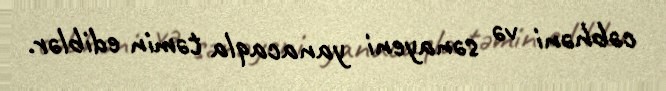
cəbhəni və sənayeni yanacaqla təmin ediblər.